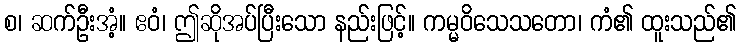
စ၊ ဆက်ဦးအံ့။ ဧဝံ၊ ဤဆိုအပ်ပြီးသော နည်းဖြင့်။ ကမ္မဝိသေသတော၊ ကံ၏ ထူးသည်၏